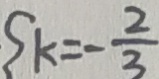
S _ { k = - \frac { 2 } { 3 } }